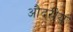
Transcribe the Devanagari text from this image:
औदरीय